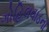
ગોહિલવાડના